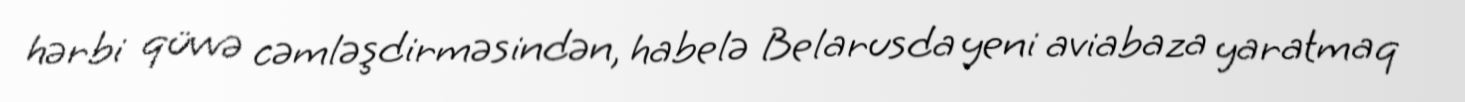
hərbi qüvvə cəmləşdirməsindən, habelə Belarusda yeni aviabaza yaratmaq